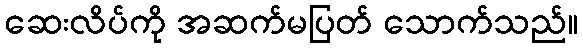
ဆေးလိပ်ကို အဆက်မပြတ် သောက်သည်။